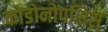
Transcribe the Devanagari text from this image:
कोडोनोपसिस